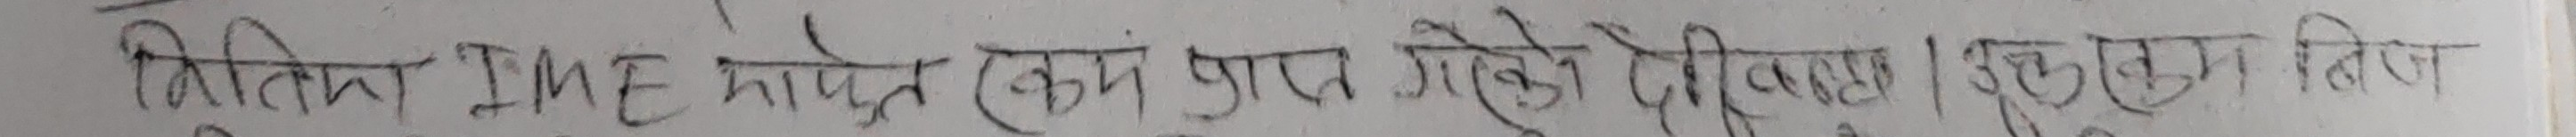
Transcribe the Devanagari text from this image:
क्षितिज IME मार्फत रकम प्राप्त गरेंको देखिएमा छुट्टाछुट्टै मिति